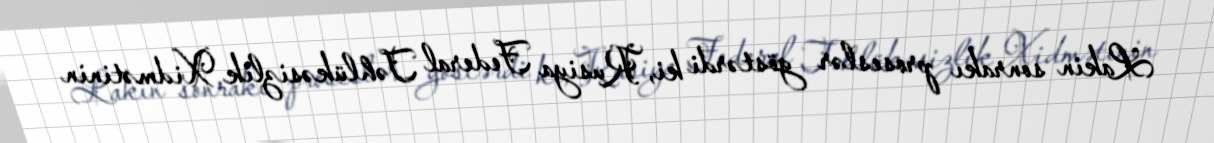
Lakin sonrakı proseslər göstərdi ki, Rusiya Federal Təhlükəsizlik Xidmətinin